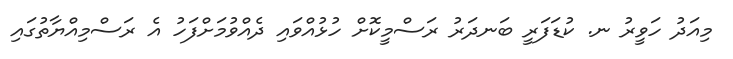
މިއަދު ހަވީރު ނ. ކުޑަފަރީ ބަނދަރު ރަސްމީކޮށް ހުޅުއްވައި ދެއްވުމަށްފަހު އެ ރަސްމިއްޔާތުގައި